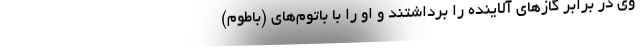
وی در برابر گازهای آلاینده را برداشتند و او را با باتوم‌های (باطوم)